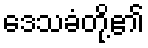
ဒေသခံတို့၏